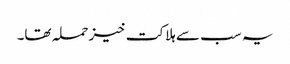
یہ سب سے ہلاکت خیز حملہ تھا۔